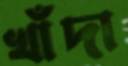
খাঁদা